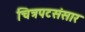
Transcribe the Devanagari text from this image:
चित्रपटसंसार